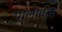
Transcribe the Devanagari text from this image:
पालीकेत